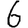
Digit: 6